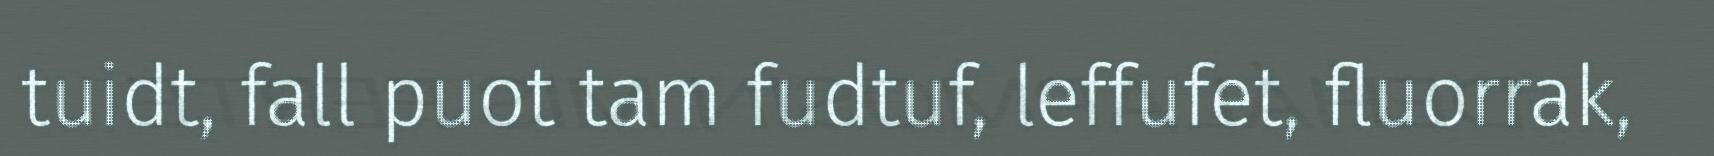
tuidt, fall puot tam fudtuf, leffufet, fluorrak,